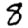
Digit: 8